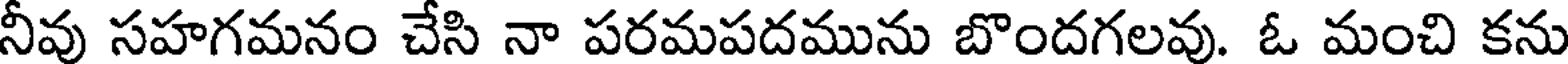
నీవు సహగమనం చేసి నా పరమపదమును బొందగలవు. ఓ మంచి కను